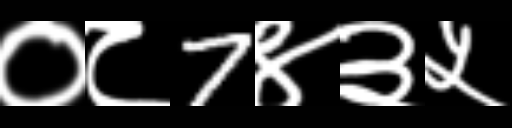
Text: ०८7४३५